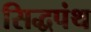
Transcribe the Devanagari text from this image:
सिद्धपंथ